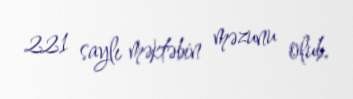
221 saylı məktəbin məzunu olub.